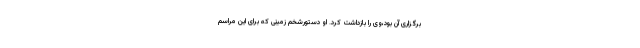
برگزاری آن بود،وی را بازداشت کرد. او دستورشخم زمینی که برای این مراسم